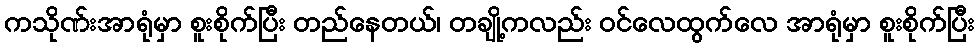
ကသိုဏ်းအာရုံမှာ စူးစိုက်ပြီး တည်နေတယ်၊ တချို့ကလည်း ဝင်လေထွက်လေ အာရုံမှာ စူးစိုက်ပြီး